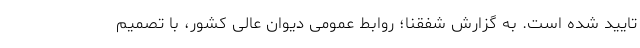
تایید شده است. به گزارش شفقنا؛ روابط عمومی دیوان عالی کشور، با تصمیم